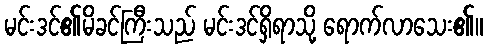
မင်းဒင်၏မိခင်ကြီးသည် မင်းဒင်ရှိရာသို့ ရောက်လာသေး၏။